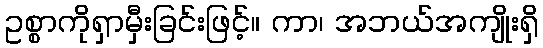
ဥစ္စာကိုရှာမှီးခြင်းဖြင့်။ ကာ၊ အဘယ်အကျိုးရှိ